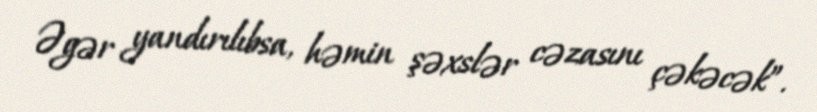
Əgər yandırılıbsa, həmin şəxslər cəzasını çəkəcək”.